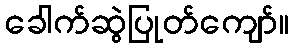
ခေါက်ဆွဲပြုတ်ကျော်။